Annual report of the Civil Veterinary Department, Bengal, for the year 1897-98 - 1897-1898
Year: 1897
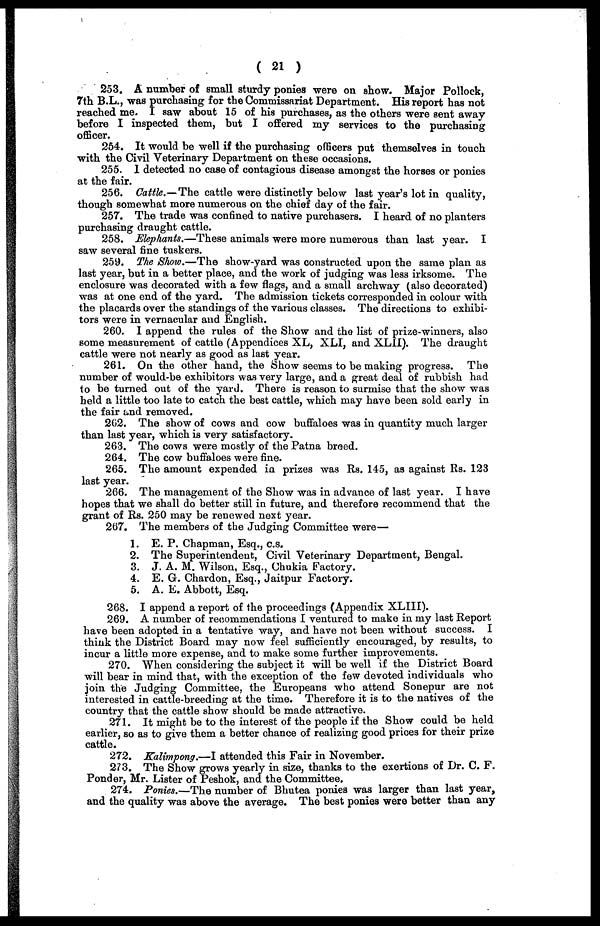
( 21 )
253. A number of small sturdy ponies were on show. Major Pollock,
7th B.L., was purchasing for the Commissariat Department. His report has not
reached me. I saw about 15 of his purchases, as the others were sent away
before I inspected them, but I offered my services to the purchasing
officer.
254. It would be well if the purchasing officers put themselves in touch
with the Civil Veterinary Department on these occasions.
255. I detected no case of contagious disease amongst the horses or ponies
at the fair.
256. Cattle.—The cattle were distinctly below last year's lot in quality,
though somewhat more numerous on the chief day of the fair.
257. The trade was confined to native purchasers. I heard of no planters
purchasing draught cattle.
258. Elephants.—These animals were more numerous than last year. I
saw several fine tuskers.
259. The Show.—The show-yard was constructed upon the same plan as
last year, but in a better place, and the work of judging was less irksome. The
enclosure was decorated with a few flags, and a small archway (also decorated)
was at one end of the yard. The admission tickets corresponded in colour with
the placards over the standings of the various classes. The directions to exhibi-
tors were in vernacular and English.
260. I append the rules of the Show and the list of prize-winners, also
some measurement of cattle (Appendices XL, XLI, and XLII). The draught
cattle were not nearly as good as last year.
261. On the other hand, the Show seems to be making progress. The
number of would-be exhibitors was very large, and a great deal of rubbish had
to be turned out of the yard. There is reason to surmise that the show was
held a little too late to catch the best cattle, which may have been sold early in
the fair and removed.
202. The show of cows and cow buffaloes was in quantity much larger
than last year, which is very satisfactory.
263. The cows were mostly of the Patna breed.
264. The cow buffaloes were fine.
265. The amount expended in prizes was Rs. 145, as against Rs. 123
last year.
266. The management of the Show was in advance of last year. I have
hopes that we shall do better still in future, and therefore recommend that the
grant of Rs. 250 may be renewed next year.
267. The members of the Judging Committee were—
1. E. P. Chapman, Esq., c.s.
2. The Superintendent, Civil Veterinary Department, Bengal.
3. J. A. M. Wilson, Esq., Chukia Factory.
4. E. G. Chardon, Esq., Jaitpur Factory.
5. A. E. Abbott, Esq.
268. I append a report of the proceedings (Appendix XLIII).
269. A number of recommendations I ventured to make in my last Report
have been adopted in a tentative way, and have not been without success. I
think the District Board may now feel sufficiently encouraged, by results, to
incur a little more expense, and to make some further improvements.
270. When considering the subject it will be well if the District Board
will bear in mind that, with the exception of the few devoted individuals who
join the Judging Committee, the Europeans who attend Sonepur are not
interested in cattle-breeding at the time. Therefore it is to the natives of the
country that the cattle show should be made attractive.
271. It might be to the interest of the people if the Show could be held
earlier, so as to give them a better chance of realizing good prices for their prize
cattle.
272. Kalimpong.—I attended this Fair in November.
273. The Show grows yearly in size, thanks to the exertions of Dr. C. F.
Ponder, Mr. Lister of Peshok, and the Committee.
274. Ponies.—The number of Bhutea ponies was larger than last year,
and the quality was above the average. The best ponies were better than any